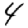
Digit: 4